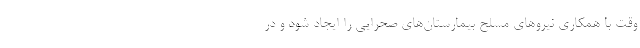
وقت با همکاری نیروهای مسلح بیمارستان‌های صحرایی را ایجاد شود و در